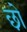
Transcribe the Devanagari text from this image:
छो़